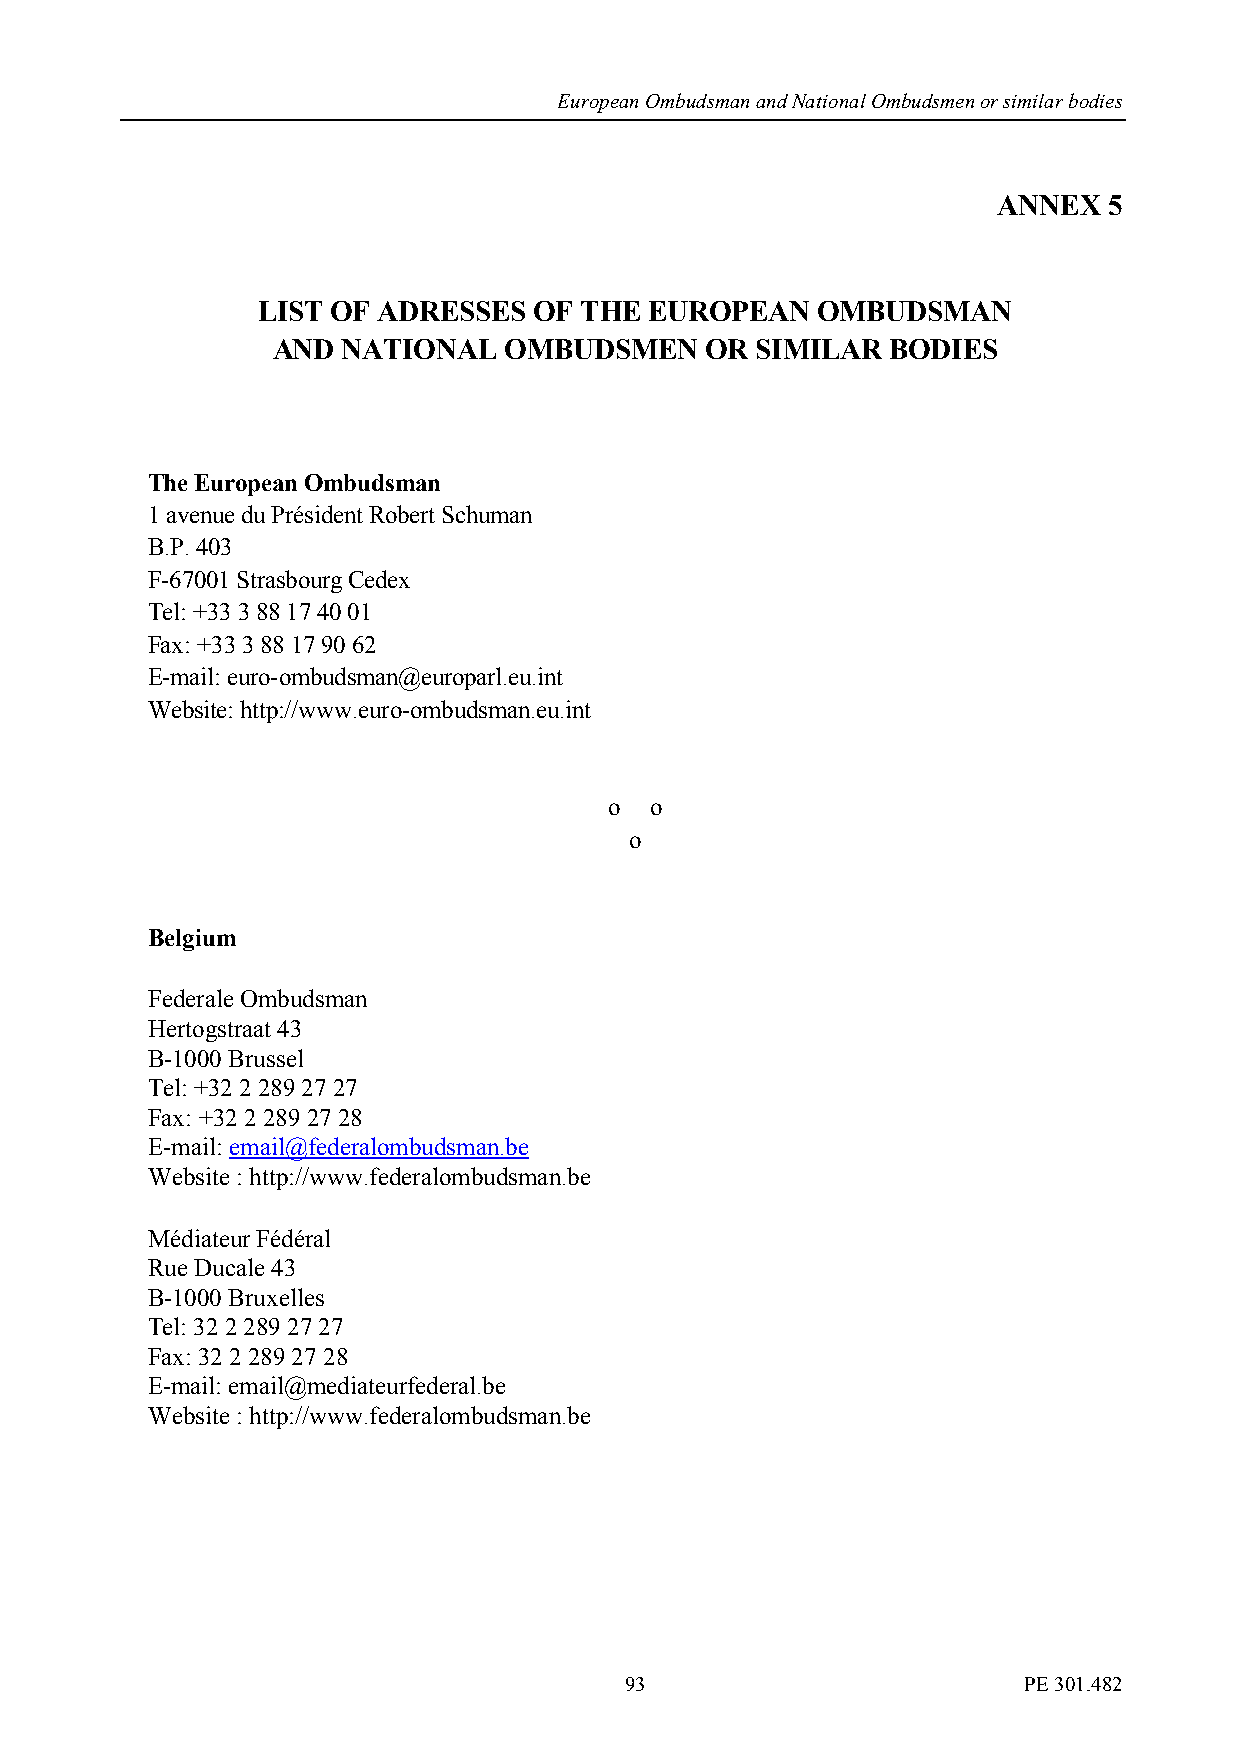
European Ombudsman and National Ombudsmen or similar bodies
 ANNEX  5
 LIST OF ADRESSES  OF THE  EUROPEAN   OMBUDSMAN
 AND  NATIONAL  OMBUDSMEN     OR SIMILAR  BODIES
 The European Ombudsman
 1 avenue du Président Robert Schuman
 B.P. 403
 F-67001 Strasbourg Cedex
 Tel: +33 3 88 17 40 01
 Fax: +33 3 88 17 90 62
 E-mail: euro-ombudsman@europarl.eu.int
 Website: http://www.euro-ombudsman.eu.int
 o  o
 o
 Belgium
 Federale Ombudsman
 Hertogstraat 43
 B-1000 Brussel
 Tel: +32 2 289 27 27
 Fax: +32 2 289 27 28
 E-mail: email@federalombudsman.be
 Website : http://www.federalombudsman.be
 Médiateur Fédéral
 Rue Ducale 43
 B-1000 Bruxelles
 Tel: 32 2 289 27 27
 Fax: 32 2 289 27 28
 E-mail: email@mediateurfederal.be
 Website : http://www.federalombudsman.be
 93                         PE 301.482